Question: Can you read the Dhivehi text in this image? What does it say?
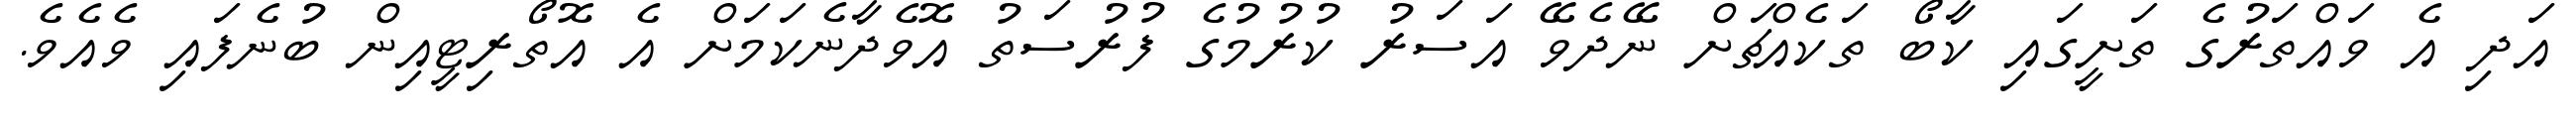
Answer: އަދި އެ ވައްތަރުގެ ތަށީގައި ކާބޯ ތަކެއްޗަށް ނޭދެވޭ އަސަރު ކުރުމުގެ ފުރުސަތު އޮވެދާނެކަމަށް އެ އޮތޯރިޓީއިން ބުނެފައި ވެއެވެ.